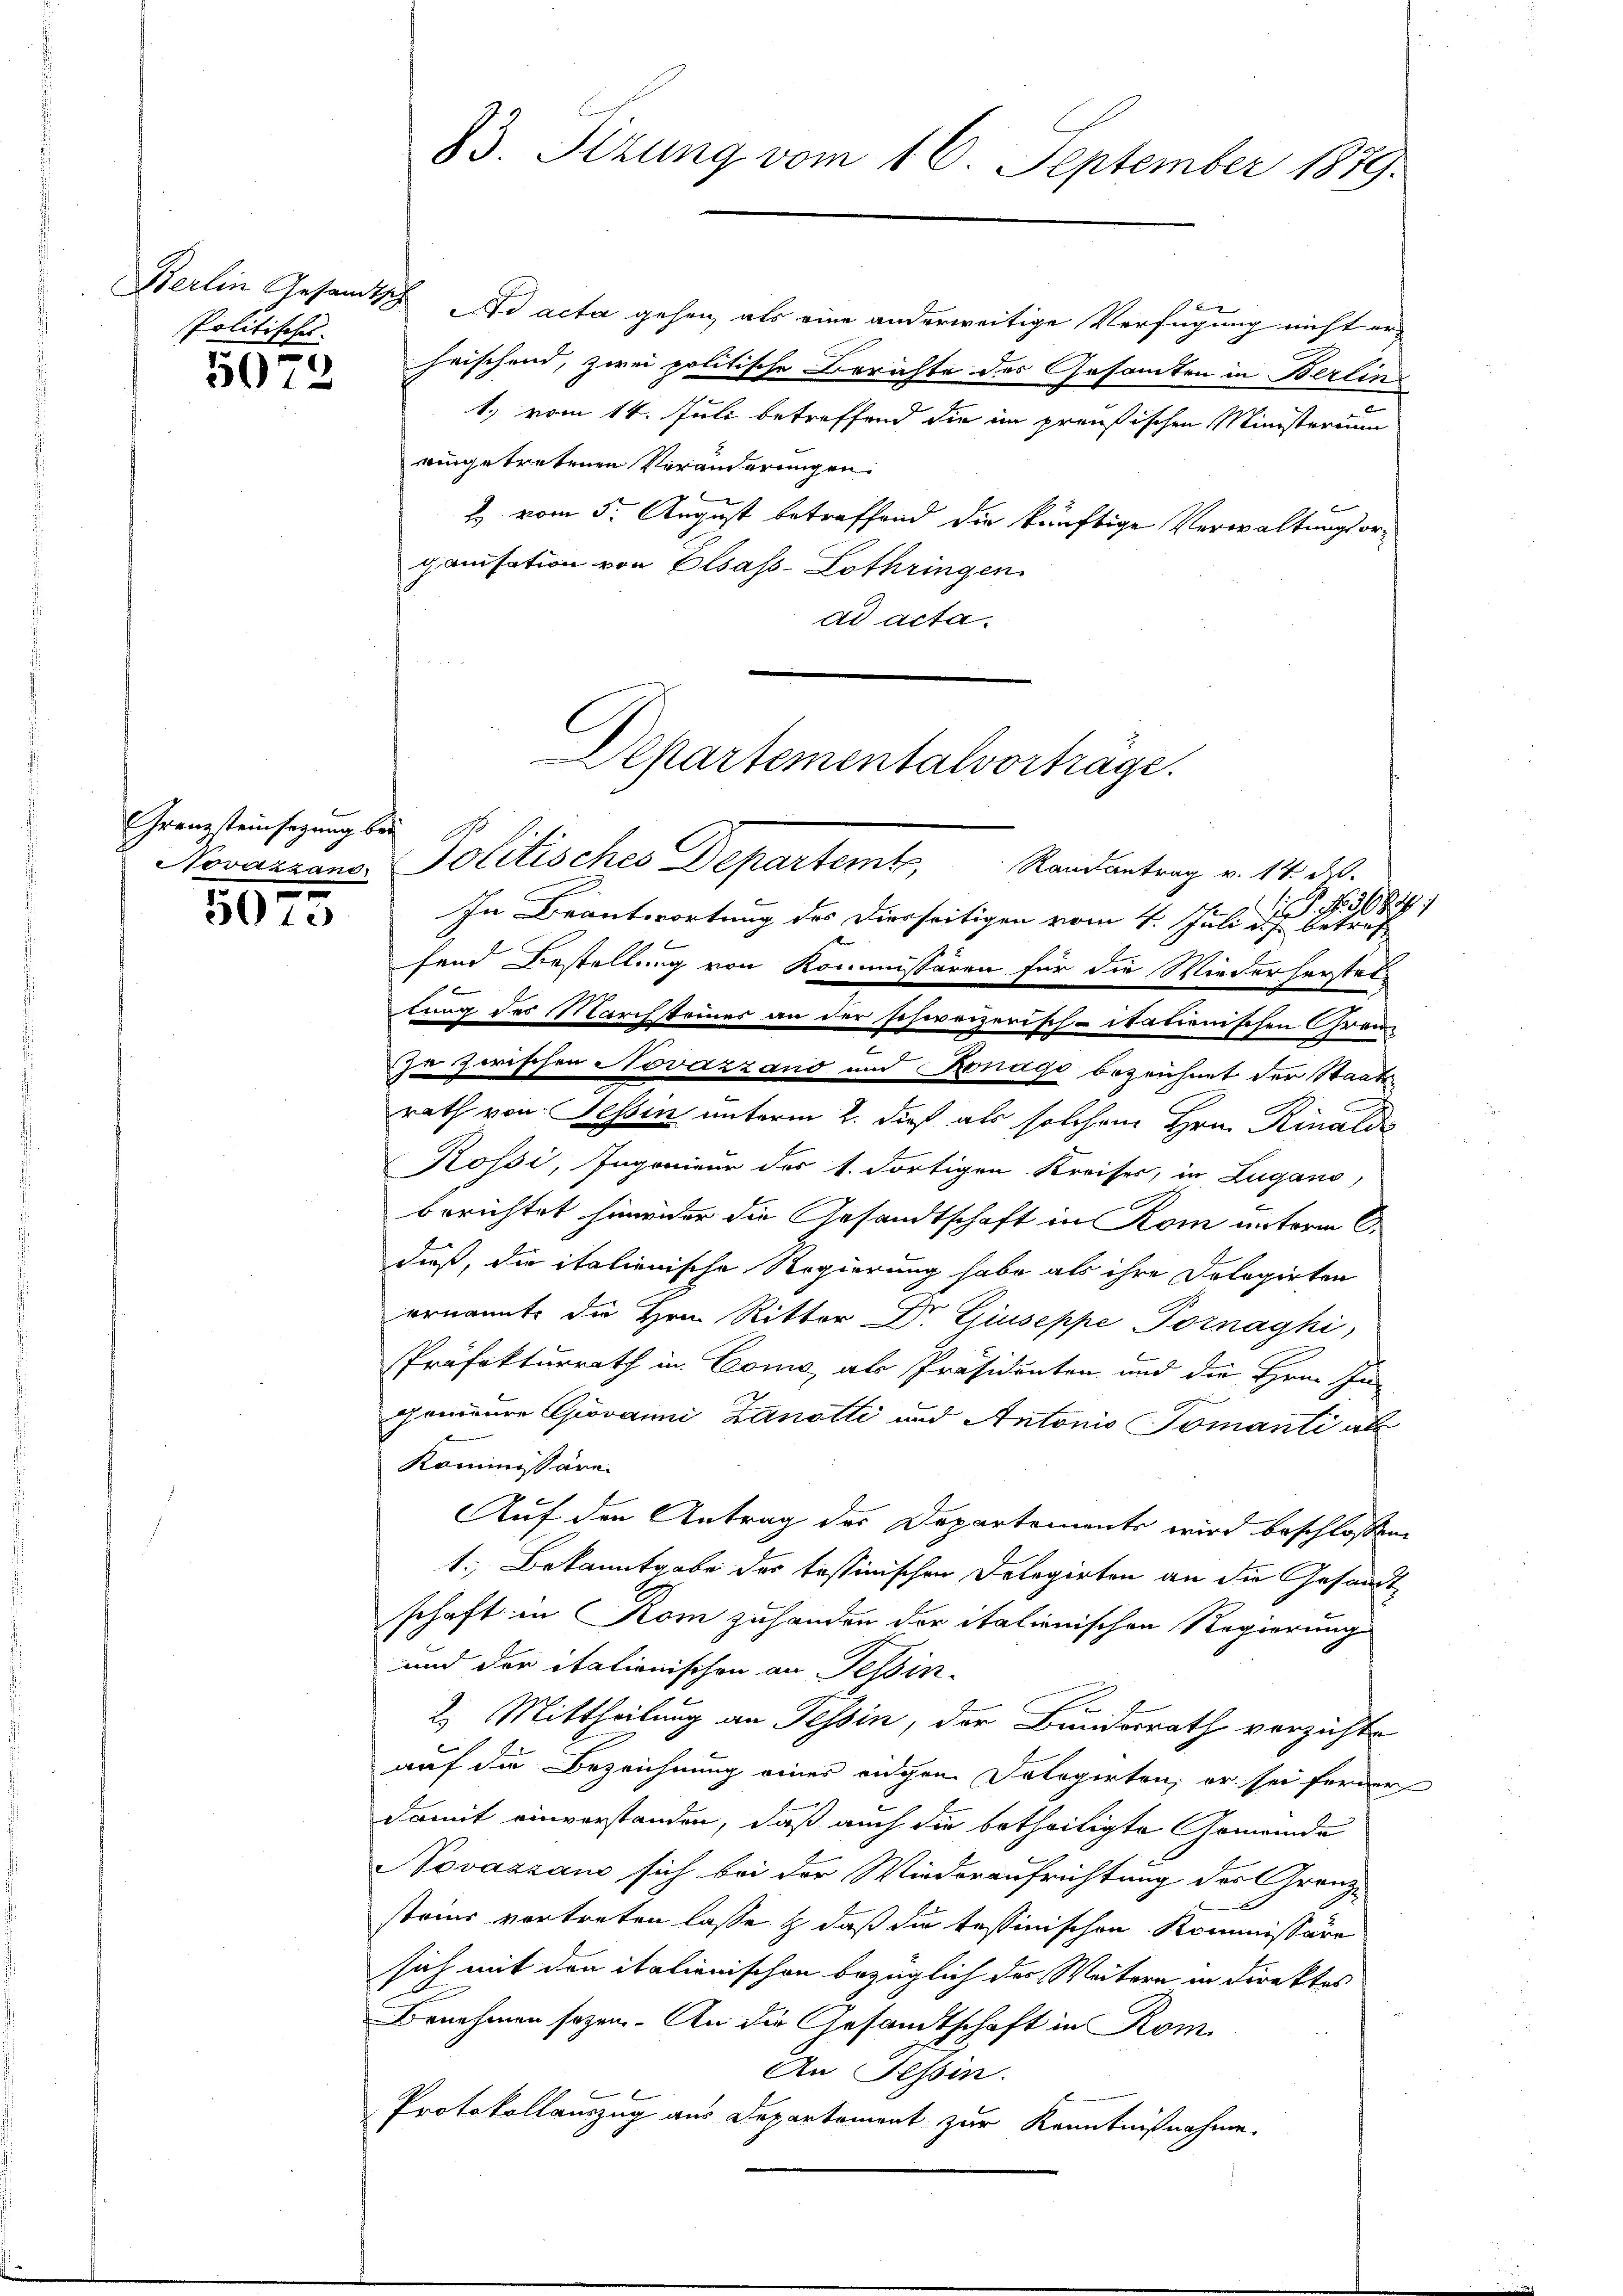
Politische.

5072

Grenzsteinsezung bei

5073

83. Sizung vom 16. September 1879.

f
Berlin Gesandtsch ad acta gehen, als eine anderweitige Verfügung nicht erheischend, zwei politische Berichte des Gesamten in Berlin
1.) vom 14. Juli betreffend die im preußischen Ministerium
eingetretenen Veränderungen.
2 vom 5. August betreffend die künftige Verwaltungsorganisation von Elsass-Lothringen.
ad acta.

Novarrand Politisches Departemt, Randantrag v. 14. d.
In Beantwortung des Dierseitigen vom 4. Juli d. J.
fend Bestellung von Kommissären für die Wiederherstet
lung des Marchsteines an der schweizerisch-itationischen Gränz(...) zwischen Novazzand und Ronago bezeichnet der Staatsrath von Tessin unterm 2. dieß als solchem Hrn. Rinalde
Kossi, Ingenieur des 1. dortigen Kreises, in Zugano,
berichtet hinwieder die Gesandtschaft in Rom unterm 6.
dieß, die italienische Regierung habe als ihre Dologirten
ernannte die Hrn. Ritter Dr. Giuseppe Pornaghi,
Präfekturrath in Comis, als Präsidenten und die Hrn. In
gorieure Giovanni Zanotli und Antonio Tomanti als
Kommissäre
Auf den Antrag des Departements wird beschlossen
1. Bekanntgabe des tessinischen Dolegirten an die Gesandt
schaft in Rom zuhanden der italienischen Regierung
und der italionischen an Tessin-
2. Mittheilung an Tessin, der Bundesrath verzichte
auf die Bezeichnung einer eingen Delegirten, er sei ferner
damit einverstanden, daß auch die betheiligte Gemeinde
NNovassau sich bei der Wiederaufrichtung des Granz-
steins vortreten lasse & daß die tessinischen Kommissäre
sich mit den italienischen bezüglich der Weitern in direktes
Benehmen sogen. An die Gesandtschaft in Rom
An Tessin.
Protokollauszug aus Departement zur Kenntnißnahme.

Departementalvortrage.